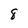
Character: 8